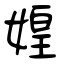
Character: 媓